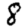
Digit: 8